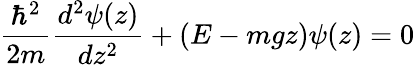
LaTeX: \frac{\hbar^{2}}{2m}\frac{d^{2}\psi(z)}{dz^{2}}+(E-mgz)\psi(z)=0